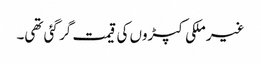
غیر ملکی کپڑوں کی قیمت گر گئی تھی۔